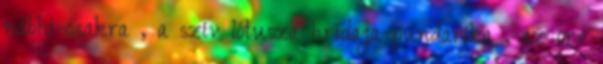
nábhi-csakra , a szív lótusza hridaja-pundaríka , az orr